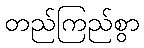
တည်ကြည်စွာ